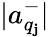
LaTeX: |a_{q_{\mathbf{j}}}^{-}|